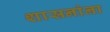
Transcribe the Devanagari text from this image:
शासनांना